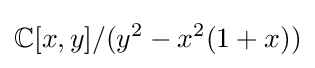
\mathbb {C} [x,y]/(y^{2}-x^{2}(1+x))